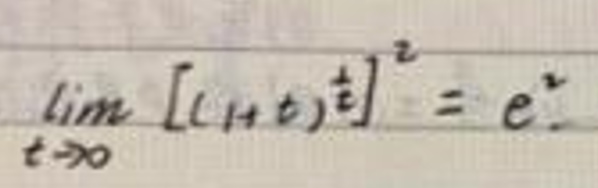
\(\lim_{t \to 0}[(1 + t)^{\frac{1}{t}}]^2 = e^2\)